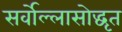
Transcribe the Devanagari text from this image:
सर्वोल्लासोद्धृत